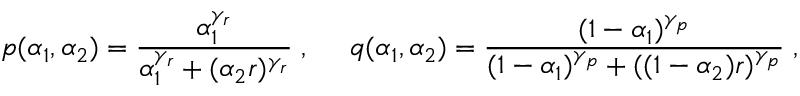
p ( \alpha _ { 1 } , \alpha _ { 2 } ) = \frac { \alpha _ { 1 } ^ { \gamma _ { r } } } { \alpha _ { 1 } ^ { \gamma _ { r } } + ( \alpha _ { 2 } r ) ^ { \gamma _ { r } } } \; , \; \; \; \; \; q ( \alpha _ { 1 } , \alpha _ { 2 } ) = \frac { ( 1 - \alpha _ { 1 } ) ^ { \gamma _ { p } } } { ( 1 - \alpha _ { 1 } ) ^ { \gamma _ { p } } + ( ( 1 - \alpha _ { 2 } ) r ) ^ { \gamma _ { p } } } \; ,